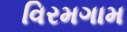
વિરમગામ